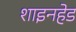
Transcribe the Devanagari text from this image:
शाइनहेड